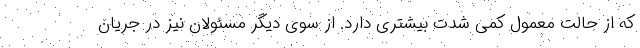
که از حالت معمول کمی شدت بیشتری دارد. از سوی دیگر مسئولان نیز در جریان